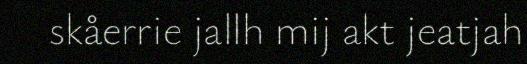
skåerrie jallh mij akt jeatjah